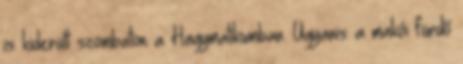
is kiderült szombaton a Hagymatikumban. Ugyanis a makói fürdő